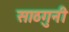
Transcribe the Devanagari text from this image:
साठगुनी